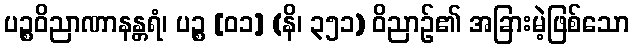
ပဉ္စဝိညာဏာနန္တရံ၊ ပဉ္စ [၀၁] (နိ၊ ၃၅၁) ဝိညာဉ်၏ အခြားမဲ့ဖြစ်သော